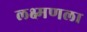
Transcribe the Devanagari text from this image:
लक्ष्मणला